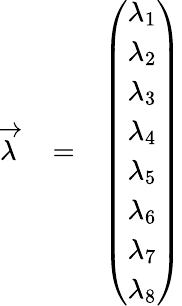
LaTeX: \begin{array}{rlr}{\overrightarrow{\lambda}}&{{}=}&{\left(\begin{array}{c}{\lambda_{1}}\\ {\lambda_{2}}\\ {\lambda_{3}}\\ {\lambda_{4}}\\ {\lambda_{5}}\\ {\lambda_{6}}\\ {\lambda_{7}}\\ {\lambda_{8}}\end{array}\right)}\end{array}